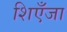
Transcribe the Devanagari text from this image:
शिएँजा